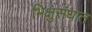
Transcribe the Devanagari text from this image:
भिक्षुसंघात